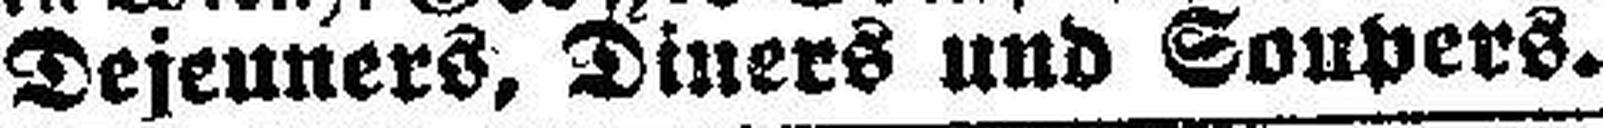
Dejeuners, Diners und Soupers.